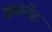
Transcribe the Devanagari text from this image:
कमान्डेंट